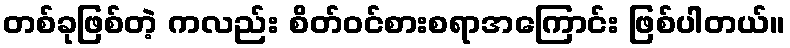
တစ်ခုဖြစ်တဲ့ ကလည်း စိတ်ဝင်စားစရာအကြောင်း ဖြစ်ပါတယ်။